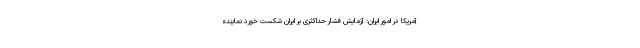
آمریکا در امور ایران: آزمایش فشار حداکثری بر ایران شکست خورد نماینده